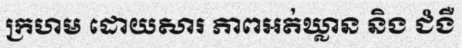
ក្រហម ដោយសារ ភាពអត់ឃ្លាន និង ជំងឺ